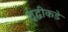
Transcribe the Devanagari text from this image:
शुद्धीकडे